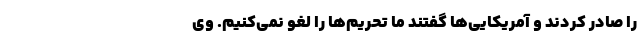
را صادر کردند و آمریکایی‌ها گفتند ما تحریم‌ها را لغو نمی‌کنیم. وی